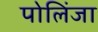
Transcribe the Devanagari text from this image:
पोलिंजा